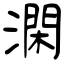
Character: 澖